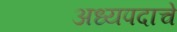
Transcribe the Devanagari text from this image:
अध्यपदाचे